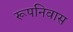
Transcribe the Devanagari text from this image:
रूपनिवास